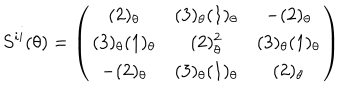
LaTeX: S ^ { i i } ( \theta ) = \left( \begin{array} { c c c } { { ( 2 ) _ { \theta } } } & { { ( 3 ) _ { \theta } ( 1 ) _ { \theta } } } & { { - ( 2 ) _ { \theta } } } \\ { { ( 3 ) _ { \theta } ( 1 ) _ { \theta } } } & { { ( 2 ) _ { \theta } ^ { 2 } } } & { { ( 3 ) _ { \theta } ( 1 ) _ { \theta } } } \\ { { - ( 2 ) _ { \theta } } } & { { ( 3 ) _ { \theta } ( 1 ) _ { \theta } } } & { { ( 2 ) _ { \theta } } } \\ \end{array} \right)